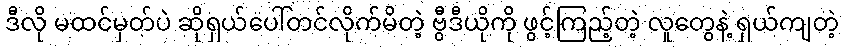
ဒီလို မထင်မှတ်ပဲ ဆိုရှယ်ပေါ်တင်လိုက်မိတဲ့ ဗွီဒီယိုကို ဖွင့်ကြည့်တဲ့ လူတွေနဲ့ ရှယ်ကျတဲ့